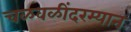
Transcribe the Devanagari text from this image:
चळवळींदरम्यान